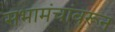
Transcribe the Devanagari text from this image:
सभामंचांवरून